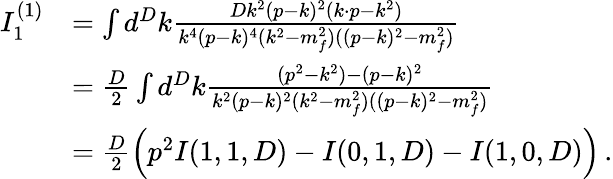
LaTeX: \begin{array}{rl}{I_{1}^{(1)}}&{=\int d^{D}k\frac{Dk^{2}(p-k)^{2}(k\cdot p-k^{2})}{k^{4}(p-k)^{4}(k^{2}-m_{f}^{2})((p-k)^{2}-m_{f}^{2})}}\\ &{=\frac{D}{2}\int d^{D}k\frac{(p^{2}-k^{2})-(p-k)^{2}}{k^{2}(p-k)^{2}(k^{2}-m_{f}^{2})((p-k)^{2}-m_{f}^{2})}}\\ &{=\frac{D}{2}\Big(p^{2}I(1,1,D)-I(0,1,D)-I(1,0,D)\Big)\, .}\end{array}